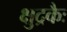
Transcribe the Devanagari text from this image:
क्षुद्रकैः